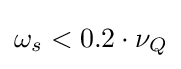
\omega _{s}<0.2\cdot \nu _{Q}